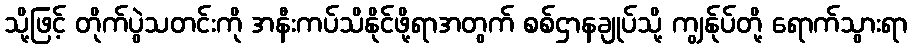
သို့ဖြင့် တိုက်ပွဲသတင်းကို အနီးကပ်သိနိုင်ဖို့ရာအတွက် စစ်ဌာနချုပ်သို့ ကျွန်ုပ်တို့ ရောက်သွားရာ